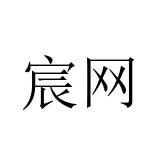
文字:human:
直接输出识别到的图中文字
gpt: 宸网